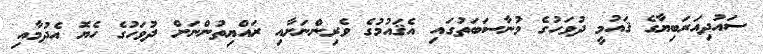
ސައުދިއަރަބިޔާގެ ޤައުމީ ދުވަހުގެ މުނާސަބަތުގައި އެޤައުމުގެ ވެރިންނަށާއި ރައްޔިތުންނަށް ދުވަހުގެ ހެޔޮ އެދުމާއި